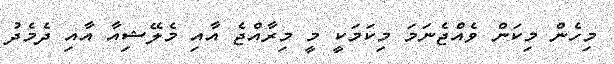
މިހެން މިކަން ވެއްޖެނަމަ މިކަމަކީ މީ މިރާއްޖެ އާއި މެލޭޝިއާ އާއި ދެމެދު